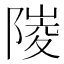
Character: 𨻎